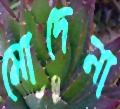
মোদেনা